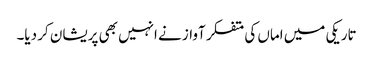
تاریکی میں اماں کی متفکر آواز نے انہیں بھی پریشان کر دیا۔